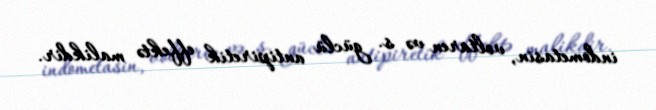
indometasin, voltaren və s. güclü antipiretik effektə malikdir.